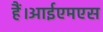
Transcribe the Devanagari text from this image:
हैं।आईएमएस